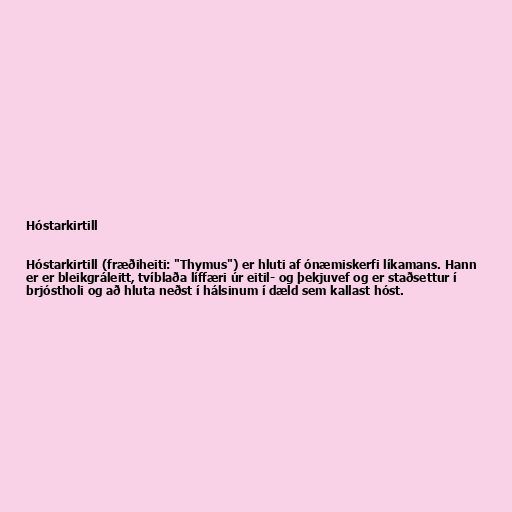
Hóstarkirtill

Hóstarkirtill (fræðiheiti: "Thymus") er hluti af ónæmiskerfi líkamans. Hann
er er bleikgráleitt, tvíblaða líffæri úr eitil- og þekjuvef og er staðsettur í
brjóstholi og að hluta neðst í hálsinum í dæld sem kallast hóst.